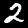
Digit: 2